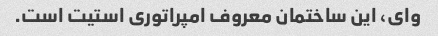
وای، این ساختمان معروف امپراتوری استیت است.